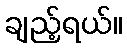
ချည့်ရယ်။